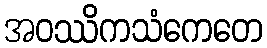
အဝဿိကသံကေတေ